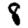
Digit: 8